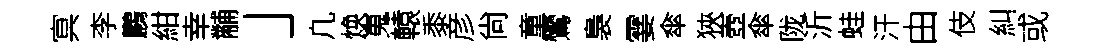
㝠李鸝紺幸黼」凢焕嵬轅黍彦尙童鸞裊霎傘狹壺傘陇沂蛙汗由伎糾或